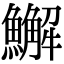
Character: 䲒